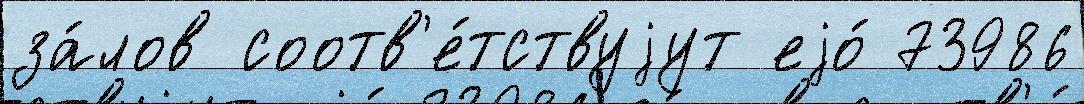
за́лов соотв'е́тствуjут еjо́ 73986